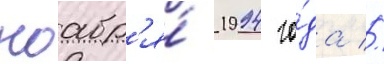
ноабр'я́ 1994 го́да //